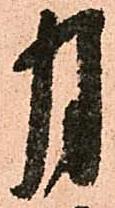
月